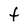
Character: t